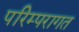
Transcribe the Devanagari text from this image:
परिम्परागत